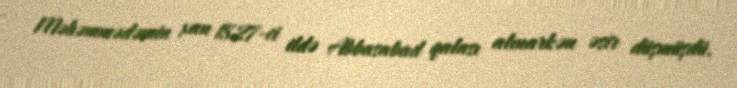
Məhəmmədəmin xan 1827-ci ildə Abbasabad qalası alınarkən əsir düşmüşdü.